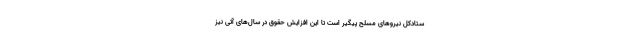
ستادکل نیروهای مسلح پیگیر است تا این افزایش حقوق در سال‌های آتی نیز